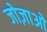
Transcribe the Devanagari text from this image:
जोज़ाओ